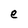
Character: e